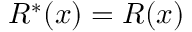
R ^ { * } ( x ) = R ( x )